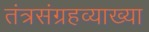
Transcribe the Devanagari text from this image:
तंत्रसंग्रहव्याख्या